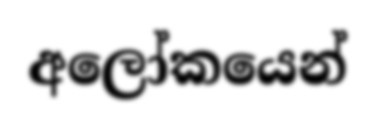
අලෝකයෙන්